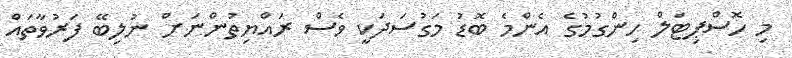
މި ހޮސްޕިޓަލް ހިންގުމުގެ އެންމެ ބޮޑު މަގުސަދަކީ ވެސް ރައްޔިތުންނަށް ނުލިބޭ ފަރުވާތައް